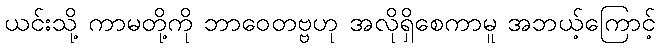
ယင်းသို့ ကာမတို့ကို ဘာဝေတဗ္ဗဟု အလိုရှိစေကာမူ အဘယ့်ကြောင့်